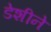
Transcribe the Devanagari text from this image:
डेशीने